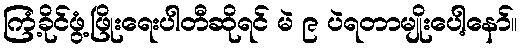
ကြံ့ခိုင်ဖွံ့ဖြိုးရေးပါတီဆိုရင် မဲ ၉ ပဲရတာမျိုးပေါ့နော်။